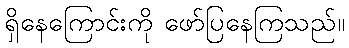
ရှိနေကြောင်းကို ဖော်ပြနေကြသည်။